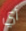
أي